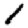
Digit: 1